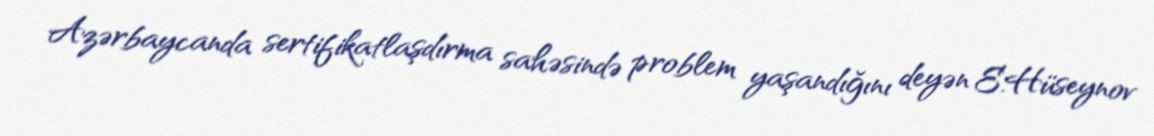
Azərbaycanda sertifikatlaşdırma sahəsində problem yaşandığını deyən E.Hüseynov